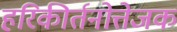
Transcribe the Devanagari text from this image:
हरिकीर्तनोत्तेजक